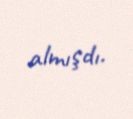
almışdı.